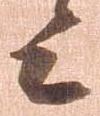
上